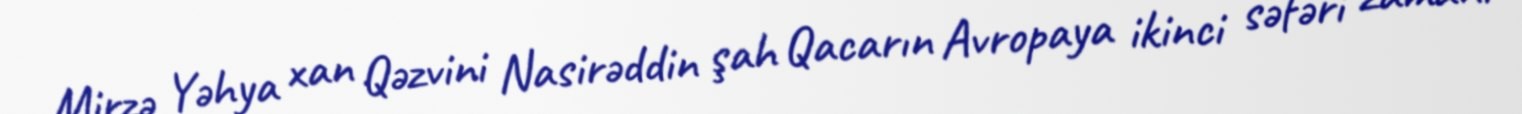
Mirzə Yəhya xan Qəzvini Nasirəddin şah Qacarın Avropaya ikinci səfəri zamanı